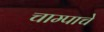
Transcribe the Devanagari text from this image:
चाम्पाचे